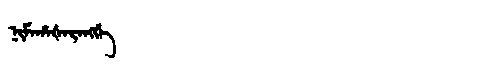
Manchu: ᠨᡳᠮᠠᡥᠠᡧᠠᡵᠠᠩᡤᡝ
Romanization: NIMAHAŠARANGGE